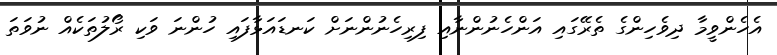
އެހެންވީމާ ދިވެހިންގެ ތެރޭގައި އަންހެނުންނާއި ފިރިހެނުންނަށް ކަނޑައަޅާފައި ހުންނަ ވަކި ރޯލުތަކެއް ނުވަތަ